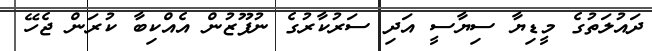
ދައުލަތުގެ މީޑިޔާ ސިޔާސީ އަދި ސަރުކާރުގެ ނުފޫޒުން އެއްކިބާ ކުރަން ޖެހޭ